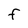
Character: F